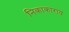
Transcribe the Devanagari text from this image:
निकाकाराय